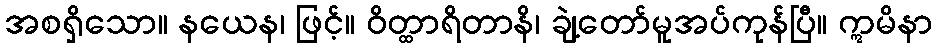
အစရှိသော။ နယေန၊ ဖြင့်။ ဝိတ္ထာရိတာနိ၊ ချဲ့တော်မူအပ်ကုန်ပြီ။ ဣမိနာ